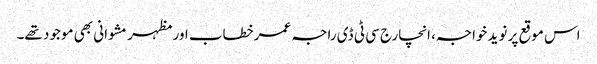
اس موقع پر نوید خواجہ، انچارج سی ٹی ڈی راجہ عمرخطاب اور مظہر مشوانی بھی موجود تھے۔